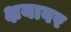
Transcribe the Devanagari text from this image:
क्षयावर